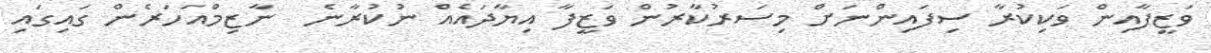
ވަޒީފާއިން ވަކިކުރާ ސިފައިންނަށް މިސަރުކާރުން ވަޒީފާ އިޔާދައެއް ނުކުރާނެ  ނާޒިމްއަހަރެން ގައިގައި